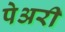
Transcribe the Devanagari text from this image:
पेअरी